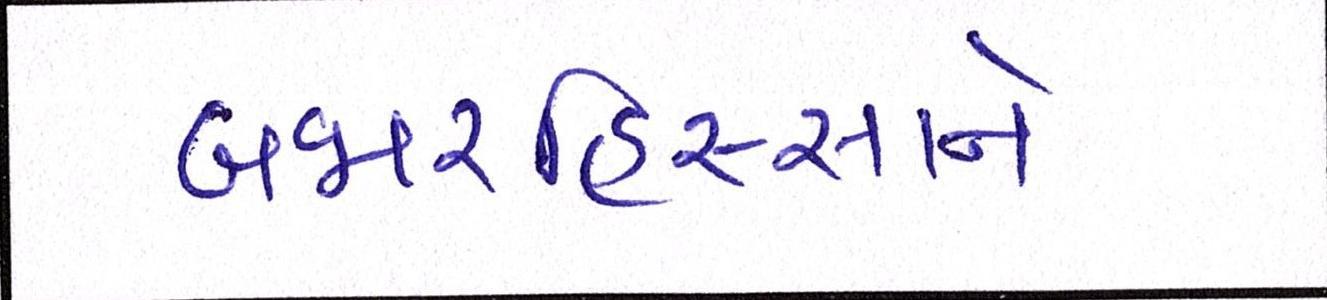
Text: બજારહિસ્સાને